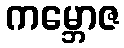
ကမ္ဘောဇ